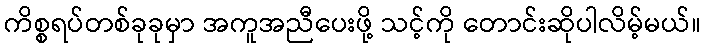
ကိစ္စရပ်တစ်ခုခုမှာ အကူအညီပေးဖို့ သင့်ကို တောင်းဆိုပါလိမ့်မယ်။